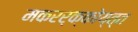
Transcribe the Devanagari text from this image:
मकरर्क्कोय्त्त